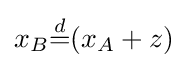
x_{B}{\overset {d}{=}}(x_{A}+z)